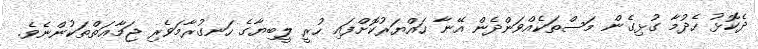
ދެކޮޅު ހެދުމާ ގުޅިގެން މަސްތަކެއްވަންދެން އޭނާ ހައްޔަރުކޮށްފައި ހުރީ ލީބިޔާގެ ހަނގުރާމަވެރި ޖަމާޢަތްތަކުންނެވެ.